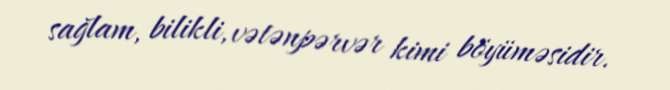
sağlam, bilikli, vətənpərvər kimi böyüməsidir.